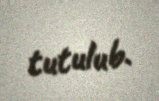
tutulub.